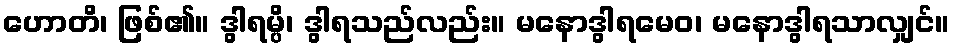
ဟောတိ၊ ဖြစ်၏။ ဒွါရမ္ပိ၊ ဒွါရသည်လည်း။ မနောဒွါရမေဝ၊ မနောဒွါရသာလျှင်။